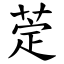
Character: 萣